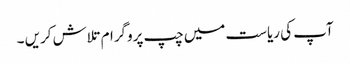
آپ کی ریاست میں چپ پروگرام تلاش کریں ۔